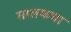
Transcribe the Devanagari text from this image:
मालकचा